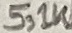
Text: 5,1K